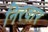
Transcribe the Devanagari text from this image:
निरवार